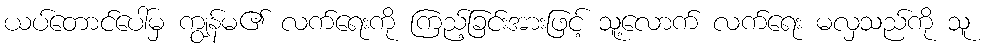
ယပ်တောင်ပေါ်မှ ကျွန်မ၏ လက်ရေးကို ကြည့်ခြင်းအားဖြင့် သူ့လောက် လက်ရေး မလှသည်ကို သူ